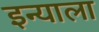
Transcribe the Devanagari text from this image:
इन्याला